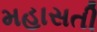
મહાસતી